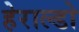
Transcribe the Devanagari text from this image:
हेराल्डो